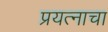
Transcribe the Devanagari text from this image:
प्रयत्‍नाचा